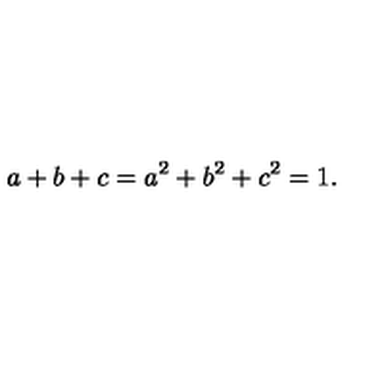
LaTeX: a + b + c = a ^ { 2 } + b ^ { 2 } + c ^ { 2 } = 1 .